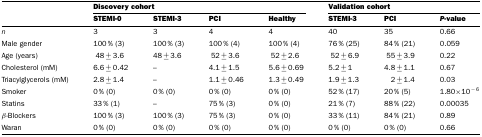
<table><thead><tr><td></td><td colspan="4"><b>Discovery cohort</b></td><td colspan="3"><b>Validation cohort</b></td></tr><tr><td></td><td><b>STEMI-0</b></td><td><b>STEMI-3</b></td><td><b>PCI</b></td><td><b>Healthy</b></td><td><b>STEMI-3</b></td><td><b>PCI</b></td><td><b><i>P</i>-value</b></td></tr></thead><tbody><tr><td><i>n</i></td><td>3</td><td>3</td><td>4</td><td>4</td><td>40</td><td>35</td><td>0.66</td></tr><tr><td>Male gender</td><td>100% (3)</td><td>100% (3)</td><td>100% (4)</td><td>100% (4)</td><td>76% (25)</td><td>84% (21)</td><td>0.059</td></tr><tr><td>Age (years)</td><td>48±3.6</td><td>48±3.6</td><td>52±3.6</td><td>52±2.6</td><td>52±6.9</td><td>55±3.9</td><td>0.22</td></tr><tr><td>Cholesterol (mM)</td><td>6.6±0.42</td><td>–</td><td>4.1±1.5</td><td>5.6±0.69</td><td>5.2±1</td><td>4.8±1.1</td><td>0.67</td></tr><tr><td>Triacylglycerols (mM)</td><td>2.8±1.4</td><td>–</td><td>1.1±0.46</td><td>1.3±0.49</td><td>1.9±1.3</td><td>2±1.4</td><td>0.03</td></tr><tr><td>Smoker</td><td>0% (0)</td><td>0% (0)</td><td>0% (0)</td><td>0% (0)</td><td>52% (17)</td><td>20% (5)</td><td>1.80×10<sup>−6</sup></td></tr><tr><td>Statins</td><td>33% (1)</td><td>–</td><td>75% (3)</td><td>0% (0)</td><td>21% (7)</td><td>88% (22)</td><td>0.00035</td></tr><tr><td>β-Blockers</td><td>100% (3)</td><td>100% (3)</td><td>75% (3)</td><td>0% (0)</td><td>33% (11)</td><td>84% (21)</td><td>0.89</td></tr><tr><td>Waran</td><td>0% (0)</td><td>0% (0)</td><td>0% (0)</td><td>0% (0)</td><td>0% (0)</td><td>0% (0)</td><td>0.66</td></tr></tbody></table>